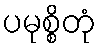
ပမုစ္စိတုံ